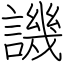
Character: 譏